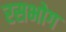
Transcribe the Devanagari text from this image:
रसभोग